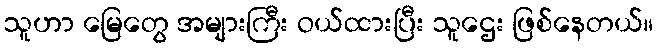
သူဟာ မြေတွေ အများကြီး ဝယ်ထားပြီး သူဌေး ဖြစ်နေတယ်။